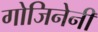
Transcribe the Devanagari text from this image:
गोजिनेनी